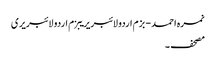
نمرہ احمد - بزم اردو لائبریریبزم اردو لائبریری
مصحف ۔